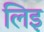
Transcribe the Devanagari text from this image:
लिइ